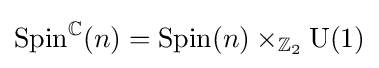
{\mathrm {Spin} }^{\mathbb {C} }(n)={\mathrm {Spin} }(n)\times _{\mathbb {Z} _{2}}{\mathrm {U} }(1)